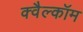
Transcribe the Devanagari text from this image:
क्वैल्कॉम